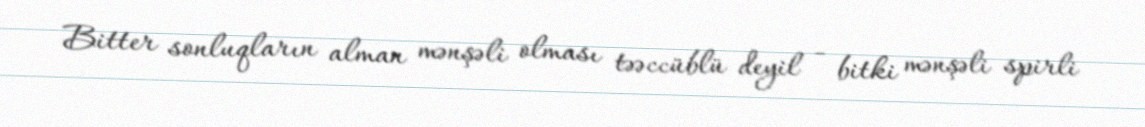
Bitter sonluqların alman mənşəli olması təəccüblü deyil - bitki mənşəli spirli